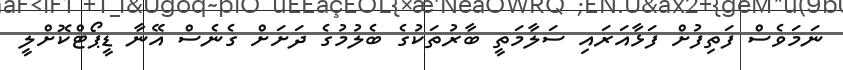
ނަމަވެސް ފަތިފުށް ފަޅާއަރައި ސަލާމަތީ ބާރުތަކުގެ ބެލުމުގެ ދަށަށް ގެނެސް އޭނާ ޑީޕޯޓްކޮށްލީ